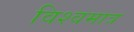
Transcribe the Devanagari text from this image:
विश्वमात्र